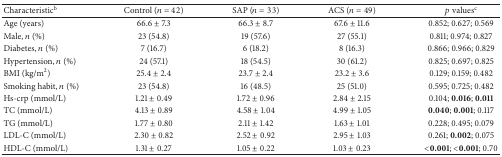
| Characteristicb | Control (n = 42) | SAP (n = 33) | ACS (n = 49) | p valuesc |
 | --- | --- | --- | --- | --- |
 | Age (years) | 66.6 ± 7.3 | 66.3 ± 8.7 | 67.6 ± 11.6 | 0.852; 0.627; 0.569 |
 | Male, n (%) | 23 (54.8) | 19 (57.6) | 27 (55.1) | 0.811; 0.974; 0.827 |
 | Diabetes, n (%) | 7 (16.7) | 6 (18.2) | 8 (16.3) | 0.866; 0.966; 0.829 |
 | Hypertension, n (%) | 24 (57.1) | 18 (54.5) | 30 (61.2) | 0.825; 0.697; 0.825 |
 | BMI (kg/m2) | 25.4 ± 2.4 | 23.7 ± 2.4 | 23.2 ± 3.6 | 0.129; 0.159; 0.482 |
 | Smoking habit, n (%) | 23 (54.8) | 16 (48.5) | 25 (51.0) | 0.595; 0.725; 0.482 |
 | Hs-crp (mmol/L) | 1.21 ± 0.49 | 1.72 ± 0.96 | 2.84 ± 2.15 | 0.104; 0.016; 0.011 |
 | TC (mmol/L) | 4.13 ± 0.89 | 4.58 ± 1.04 | 4.99 ± 1.05 | 0.040; 0.001; 0.117 |
 | TG (mmol/L) | 1.77 ± 0.80 | 2.11 ± 1.42 | 1.63 ± 1.01 | 0.228; 0.495; 0.079 |
 | LDL-C (mmol/L) | 2.30 ± 0.82 | 2.52 ± 0.92 | 2.95 ± 1.03 | 0.261; 0.002; 0.075 |
 | HDL-C (mmol/L) | 1.31 ± 0.27 | 1.05 ± 0.22 | 1.03 ± 0.23 | <0.001; <0.001; 0.70 |